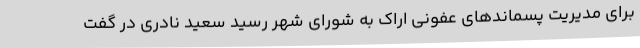
برای مدیریت پسماندهای عفونی اراک به شورای شهر رسید سعید نادری در گفت